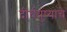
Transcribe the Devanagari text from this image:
दीर्घयुष्याचे